Lunatic asylums Punjab 1895-1910 - 1895-1910
Year: 1895
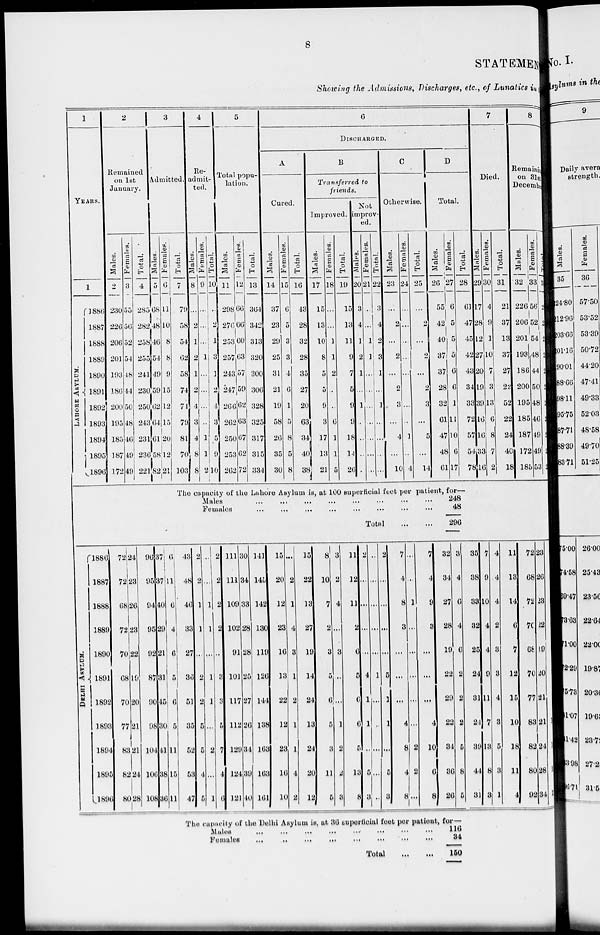
8
STATEMENT
Showing the Admissions,
Discharges, etc., of Lunatics in
1
YEARS.
LAHORE
ASYLUM.
1
1886
1887
1888
1889
1890
1891
1892
1893
1894
1895
1896
2
Remained
on 1st
January.
Males.
2
230
226
206
201
193
186
200
195
185
187
172
Females.
3
55
56
52
54
48
44
50
48
46
49
49
Total.
4
285
282
258
255
241
230
250
243
231
236
22l
3
Admitted.
Males.
5
68
48
46
54
49
59
62
64
61
58
82
Females.
6
11
10
8
8
9
15
12
15
20
12
21
DELHI
ASYLUM.
1886
1887
1888
1889
1890
1891
1892
1893
1894
1895
1896
72
72
68
72
70
68
70
77
83
82
80
24
23
26
23
22
19
20
21
21
24
28
96
95
94
95
92
87
90
98
104
106
108
37
37
40
29
21
31
45
30
41
38
36
6
11
6
4
6
5
6
5
11
15
11
Total.
7
79
58
54
62
58
74
74
79
81
70
103
4
Re-
idmit-
ted.
Males.
8
...
2
1
2
1
2
4
3
4
8
8
Females.
9
...
...
...
1
...
...
...
..
1
1
2
Total.
10
..
2
1
3
1
2
4
3
5
9
10
5
Total popu-
lation.
Males.
11
298
276
253
257
243
247
266
262
250
253
262
Females.
12
66
66
60
63
57
59
62
63
67
62
72
Total.
13
364
342
313
320
300
306
328
325
317
315
334
6
DISCHARGED.
A
Cured.
Males.
14
37
23
29
25
31
21
19
58
26
35
30
Females.
15
6
5
3
3
4
6
1
5
8
5
8
Total.
16
43
28
32
28
35
27
20
63
34
40
38
B
Transferred to
friends.
Improved.
Males.
17
15
13
10
8
5
5
9
3
17
13
21
Females.
18
...
...
1
1
2
..
..
6
1
1
5
Total.
19
15
13
11
9
7
5
9
9
18
14
26
Not
improv-
ed.
Males.
20
3
4
1
2
1
...
1
..
...
..
.
Females.
21
...
...
1
1
...
...
...
...
...
...
...
Total.
22
3
4
2
3
1
...
1
...
...
...
...
C
Otherwise.
Males.
23
...
2
...
2
...
2
3
...
4
...
10
Females.
24
...
...
...
...
...
...
...
1
...
4
Total.
25
...
2
...
2
...
2
3
...
5
...
14
D
Total.
Males.
26
55
42
40
37
37
28
32
61
47
48
61
Females.
27
6
5
5
5
6
6
1
11
10
6
l7
Total.
28
61
47
45
42
43
34
33
72
57
54
78
The capacity of the Lahore Asylum is, at 100 superficial feet per patient, for—
Males
...
...
...
...
...
...
...
...
Females
...
...
...
...
...
...
...
...
Total
...
...
43
48
46
33
27
36
51
35
52
53
47
2
2
1
1
...
2
2
5
5
4
5
...
...
1
1
...
1
1
...
2
...
1
2
2
2
2
...
3
3
5
7
4
6
111
111
109
102
91
101
117
112
129
124
121
30
34
33
28
28
25
27
26
34
39
40
141
145
142
130
119
126
144
138
163
163
161
15
20
12
23
16
13
22
12
23
16
10
...
2
1
4
3
1
2
1
1
4
2
15
22
13
27
19
14
24
13
24
20
12
8
10
7
2
3
5
6
5
3
11
5
3
2
4
...
3
...
...
1
2
2
3
11
12
11
2
6
5
6
6
5
15
8
2
...
...
...
..
4
1
1
...
5
3
...
...
...
...
...
1
1
1
...
5
3
2
...
...
...
...
5
1
1
...
5
3
7
4
8
3
...
...
...
4
8
4
8
...
...
1
...
...
...
...
...
2
2
...
7
4
9
3
...
...
...
4
10
6
8
32
34
27
28
19
22
29
22
34
36
26
248
48
296
3
4
6
4
6
2
2
2
5
8
5
35
38
33
32
25
24
31
24
39
44
31
The capacity of the Delhi Asylum is, at 36 superficial feet per patient, for—
Males
...
...
...
...
...
...
...
...
Females
...
...
...
...
...
...
...
...
Total
...
...
116
34
150
7
Died.
Males.
29
17
28
12
27
20
19
39
16
16
33
16
Females.
30
4
9
1
10
7
3
13
6
8
7
2
Total.
31
21
37
13
37
27
22
52
22
24
40
18
8
Remaining
on 31st
December
Males.
32
226
206
201
193
186
200
195
185
187
172
185
Females.
33
56
52
54
48
44
50
48
46
49
49
53
Total.
34
282
258
255
241
230
250
243
231
236
221
238
7
9
10
4
4
9
7
13
13
8
3
4
4
4
2
3
3
4
3
5
3
1
11
13
14
6
7
12
15
10
18
11
4
72
68
72
70
68
70
77
83
82
80
92
23
26
23
22
19
20
21
21
24
28
34
1
1
1
1
1